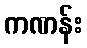
ကဏန်း